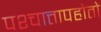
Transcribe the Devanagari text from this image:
पश्चात्तापहोतो